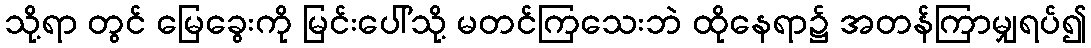
သို့ရာ တွင် မြေခွေးကို မြင်းပေါ်သို့ မတင်ကြသေးဘဲ ထိုနေရာ၌ အတန်ကြာမျှရပ်၍